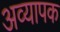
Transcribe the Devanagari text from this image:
अव्यापक